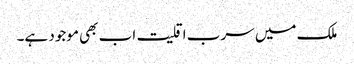
ملک میں سرب اقلیت اب بھی موجود ہے۔